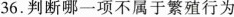
36.判断哪一项不属于繁殖行为